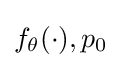
f_{\theta }(\cdot ),p_{0}